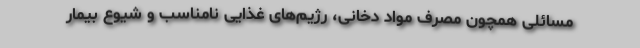
مسائلی همچون مصرف مواد دخانی، رژیم‌های غذایی نامناسب و شیوع بیمار